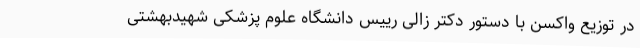
در توزیع واکسن با دستور دکتر زالی رییس دانشگاه علوم پزشکی شهیدبهشتی